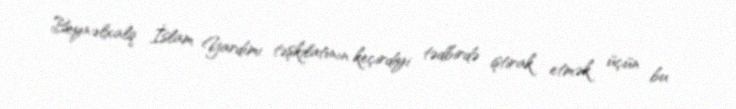
Beynəlxalq İslam Yardımı təşkilatının keçirdiyi tədbirdə iştirak etmək üçün bu